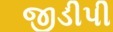
જીડીપી